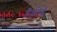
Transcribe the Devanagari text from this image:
तैक्नीकें